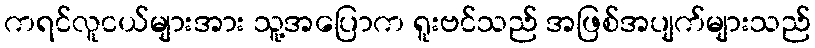
ကရင်လူငယ်များအား သူ့အပြောက ရူးဗင်သည် အဖြစ်အပျက်များသည်